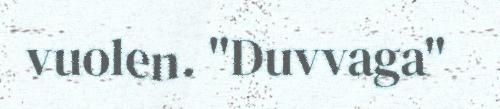
vuolen. "Duvvaga"